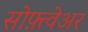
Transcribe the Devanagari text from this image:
सोफ़्त्वेअर